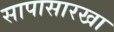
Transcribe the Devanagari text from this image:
सापासारखा